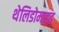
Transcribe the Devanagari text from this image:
थेलिडोमाइड